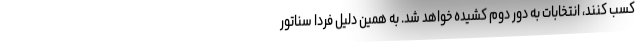
کسب کنند، انتخابات به دور دوم کشیده خواهد شد. به همین دلیل فردا سناتور